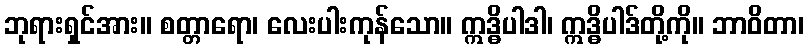
ဘုရားရှင်အား။ စတ္တာရော၊ လေးပါးကုန်သော။ ဣဒ္ဓိပါဒါ၊ ဣဒ္ဓိပါဒ်တို့ကို။ ဘာဝိတာ၊